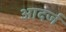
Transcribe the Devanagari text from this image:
आदर्ज